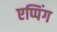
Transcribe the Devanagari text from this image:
एप्पिंग